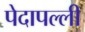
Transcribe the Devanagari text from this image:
पेदापल्ली